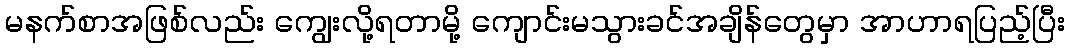
မနက်စာအဖြစ်လည်း ကျွေးလို့ရတာမို့ ကျောင်းမသွားခင်အချိန်တွေမှာ အာဟာရပြည့်ပြီး